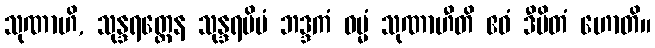
သုဏာဟိ, သုန္ဒရတ္ထေန သုန္ဒရမိမံ ဘဒ္ဒကံ ဓမ္မံ သုဏာဟီတိ ဧဝံ ဒီပိတံ ဟောတိ။